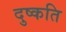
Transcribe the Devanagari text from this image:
दुष्‍कति